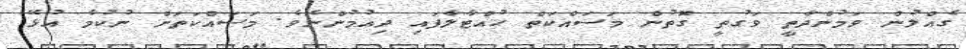
ގެއްލުން ވަމުންދާތީ ވަގުތީ ގޮތުން މަސައްކަތް ހުއްޓާލާފައި ދިއުމުންނެވެ. މަސައްކަތަށް ނުކުމެ އުޅޭ